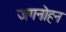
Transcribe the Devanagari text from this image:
जगनोहन